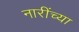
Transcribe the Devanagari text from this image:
नारींच्या